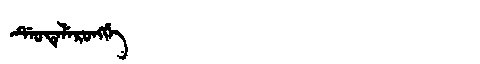
Manchu: ᡩᡝᠣᡨᡝᠯᡝᡵᠣᠩᡤᡝ
Romanization: DEOTELERONGGE